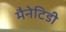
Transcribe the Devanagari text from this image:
मैनेटिडी